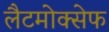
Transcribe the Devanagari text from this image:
लैटमोक्सेफ